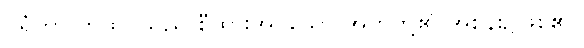
ဝရံတာ တထပ်သည် စီထားအပ်သော အုတ်တို့၏ အစွန်း၌ဖြစ်၏။